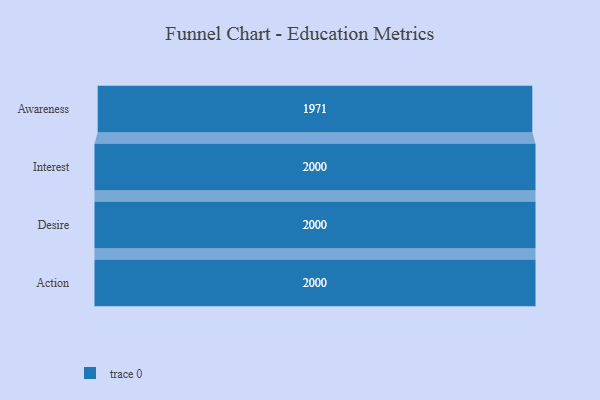
{"axis": {"x": "Stage", "y": "Value"}, "legend": [""], "data": [{"x": "Awareness", "y": 1971.0, "type": ""}, {"x": "Interest", "y": 2000, "type": ""}, {"x": "Desire", "y": 2000, "type": ""}, {"x": "Action", "y": 2000, "type": ""}]}